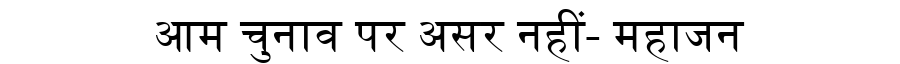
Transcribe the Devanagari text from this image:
आम चुनाव पर असर नहीं- महाजन